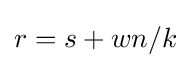
{\textstyle r=s+wn/k}